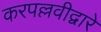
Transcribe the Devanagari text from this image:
करपल्लवीद्वारे